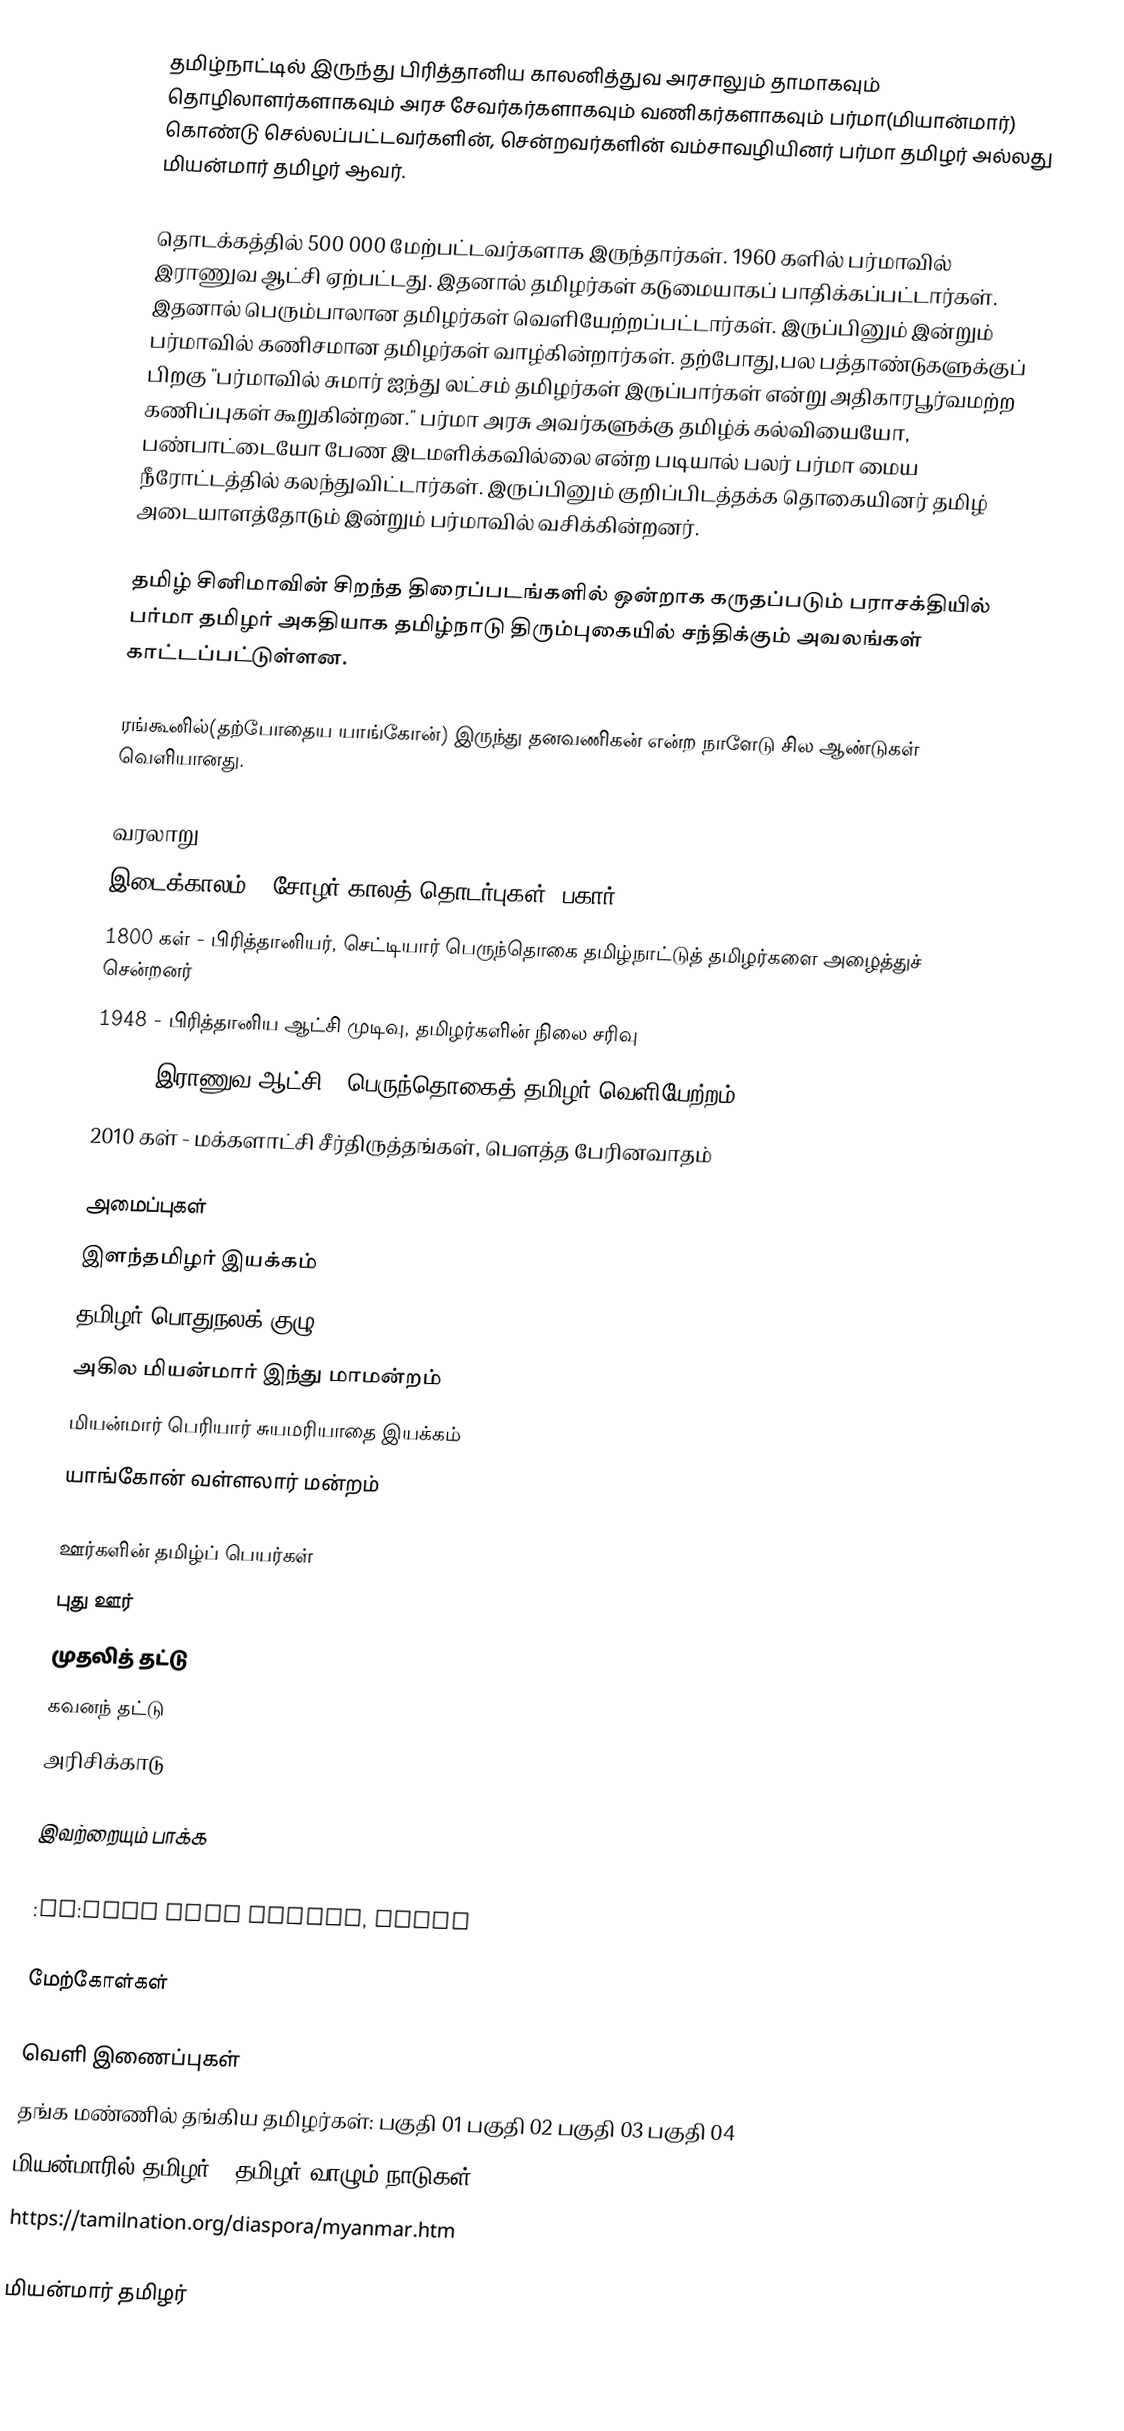
தமிழ்நாட்டில் இருந்து பிரித்தானிய காலனித்துவ அரசாலும் தாமாகவும் தொழிலாளர்களாகவும் அரச சேவர்கர்களாகவும் வணிகர்களாகவும் பர்மா(மியான்மார்) கொண்டு செல்லப்பட்டவர்களின், சென்றவர்களின் வம்சாவழியினர் பர்மா தமிழர் அல்லது மியன்மார் தமிழர் ஆவர்.

தொடக்கத்தில் 500 000 மேற்பட்டவர்களாக இருந்தார்கள்.  1960 களில் பர்மாவில் இராணுவ ஆட்சி ஏற்பட்டது.  இதனால் தமிழர்கள் கடுமையாகப் பாதிக்கப்பட்டார்கள்.  இதனால் பெரும்பாலான தமிழர்கள் வெளியேற்றப்பட்டார்கள்.  இருப்பினும் இன்றும் பர்மாவில் கணிசமான தமிழர்கள் வாழ்கின்றார்கள்.  தற்போது,பல பத்தாண்டுகளுக்குப் பிறகு "பர்மாவில் சுமார் ஐந்து லட்சம் தமிழர்கள் இருப்பார்கள் என்று அதிகாரபூர்வமற்ற கணிப்புகள் கூறுகின்றன."  பர்மா அரசு அவர்களுக்கு தமிழ்க் கல்வியையோ, பண்பாட்டையோ பேண இடமளிக்கவில்லை என்ற படியால் பலர் பர்மா மைய நீரோட்டத்தில் கலந்துவிட்டார்கள்.  இருப்பினும் குறிப்பிடத்தக்க தொகையினர் தமிழ் அடையாளத்தோடும் இன்றும் பர்மாவில் வசிக்கின்றனர்.

தமிழ் சினிமாவின் சிறந்த திரைப்படங்களில் ஒன்றாக கருதப்படும் பராசக்தியில் பர்மா தமிழர் அகதியாக தமிழ்நாடு திரும்புகையில் சந்திக்கும் அவலங்கள் காட்டப்பட்டுள்ளன.

ரங்கூனில்(தற்போதைய யாங்கோன்) இருந்து தனவணிகன் என்ற நாளேடு சில ஆண்டுகள் வெளியானது.

வரலாறு
 இடைக்காலம் - சோழர் காலத் தொடர்புகள் (பகார்)
 1800 கள் - பிரித்தானியர், செட்டியார் பெருந்தொகை தமிழ்நாட்டுத் தமிழர்களை அழைத்துச் சென்றனர்
 1948 - பிரித்தானிய ஆட்சி முடிவு, தமிழர்களின் நிலை சரிவு
 1960 - இராணுவ ஆட்சி - பெருந்தொகைத் தமிழர் வெளியேற்றம்
 2010 கள் - மக்களாட்சி சீர்திருத்தங்கள், பெளத்த பேரினவாதம்

அமைப்புகள்
 இளந்தமிழர் இயக்கம்
 தமிழர் பொதுநலக் குழு
 அகில மியன்மார் இந்து மாமன்றம்
 மியன்மார் பெரியார் சுயமரியாதை இயக்கம்
 யாங்கோன் வள்ளலார் மன்றம்

ஊர்களின் தமிழ்ப் பெயர்கள்
 புது ஊர்
 முதலித் தட்டு
 கவனந் தட்டு
 அரிசிக்காடு

இவற்றையும் பாக்க
 :en:Burmese Indians
 :en:Shri Kali Temple, Burma

மேற்கோள்கள்

வெளி இணைப்புகள்
  தங்க மண்ணில் தங்கிய தமிழர்கள்: பகுதி 01 பகுதி 02 பகுதி 03 பகுதி 04
 மியன்மாரில் தமிழர் – தமிழர் வாழும் நாடுகள்
 https://tamilnation.org/diaspora/myanmar.htm

மியன்மார் தமிழர்